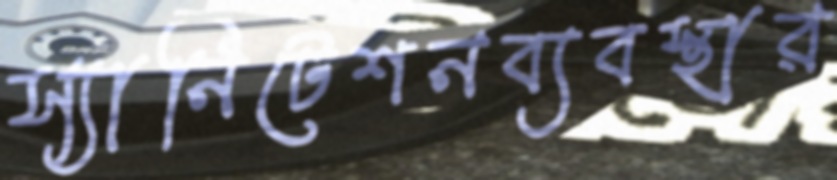
স্যানিটেশনব্যবস্থার